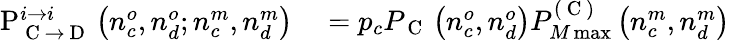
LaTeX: \begin{array}{rl}{\mathrm{P}_{\mathrm{~C~}\rightarrow\mathrm{~D~}}^{i\rightarrow i}\left(n_{c}^{o},n_{d}^{o};n_{c}^{m},n_{d}^{m}\right)}&{{}=p_{c}P_{\mathrm{~C~}}\left(n_{c}^{o},n_{d}^{o}\right)P_{M\operatorname*{max}}^{(\mathrm{~C~})}\left(n_{c}^{m},n_{d}^{m}\right)}\end{array}